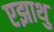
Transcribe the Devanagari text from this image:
एझाथु